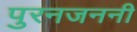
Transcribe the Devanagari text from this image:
पुरनजननी